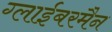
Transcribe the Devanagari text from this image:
ग्लाईबरमैन